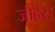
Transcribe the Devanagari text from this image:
जौहरा